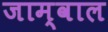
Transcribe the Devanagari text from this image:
जाम्वाल